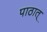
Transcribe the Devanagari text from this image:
पाठात्‌